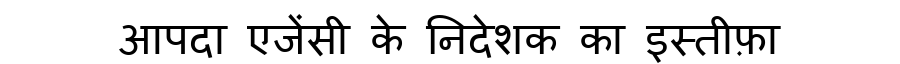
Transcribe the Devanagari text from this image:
आपदा एजेंसी के निदेशक का इस्तीफ़ा